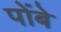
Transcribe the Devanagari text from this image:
पोंबे